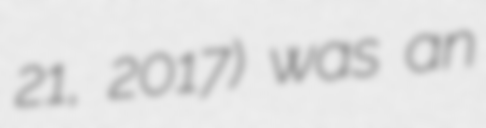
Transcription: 21, 2017) was an